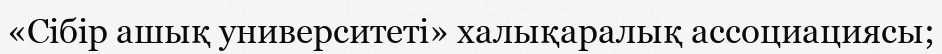
«Сібір ашық университеті» халықаралық ассоциациясы;